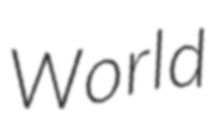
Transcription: World